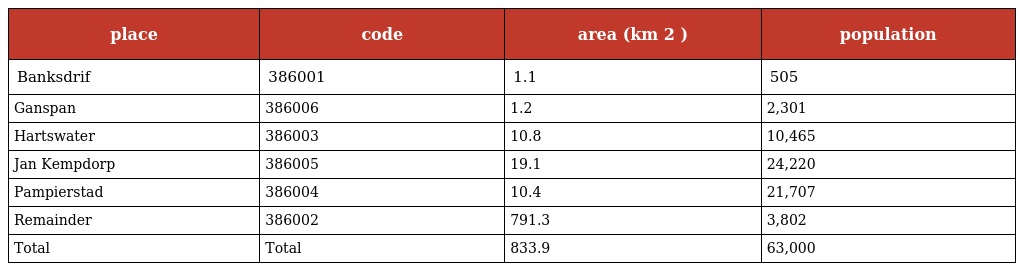
| place | code | area (km 2 ) | population |
 | --- | --- | --- | --- |
 | Banksdrif | 386001 | 1.1 | 505 |
 | Ganspan | 386006 | 1.2 | 2,301 |
 | Hartswater | 386003 | 10.8 | 10,465 |
 | Jan Kempdorp | 386005 | 19.1 | 24,220 |
 | Pampierstad | 386004 | 10.4 | 21,707 |
 | Remainder | 386002 | 791.3 | 3,802 |
 | Total | Total | 833.9 | 63,000 |